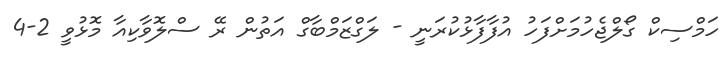
ހަމްސިކް ގޯލްޖެހުމަށްފަހު އުފާފާޅުކުރަނީ - ލަގްޒަމްބާގް އަތުން ރޭ ސްލޮވާކިއާ މޮޅުވީ 2-4